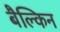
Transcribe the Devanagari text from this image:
बैल्किन